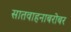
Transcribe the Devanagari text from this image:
सातवाहनाबरोबर